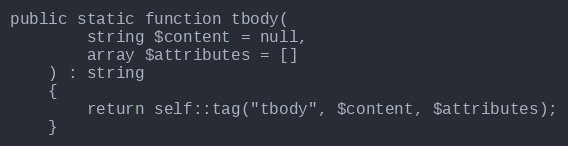
Language: PHP
public static function tbody(
        string $content = null,
        array $attributes = []
    ) : string
    {
        return self::tag("tbody", $content, $attributes);
    }